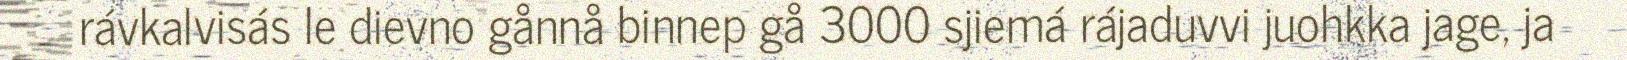
rávkalvisás le dievno gånnå binnep gå 3000 sjiemá rájaduvvi juohkka jage, ja